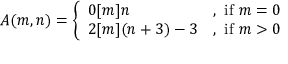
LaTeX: A ( m , n ) = { \left\{ \begin{array} { l l } { 0 [ m ] n } & { { \mathrm { , ~ i f ~ } } m = 0 } \\ { 2 [ m ] ( n + 3 ) - 3 } & { { \mathrm { , ~ i f ~ } } m > 0 } \end{array} \right. }